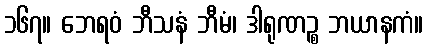
၁၆၇။ ဘေရဝံ ဘီသနံ ဘီမံ၊ ဒါရုဏဉ္စ ဘယာနကံ။